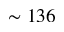
\sim 1 3 6